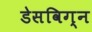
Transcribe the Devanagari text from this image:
डेसविग्न